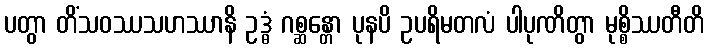
ပတွာ တိံသဝဿသဟဿာနိ ဥဒ္ဓံ ဂစ္ဆန္တော ပုနပိ ဥပရိမတလံ ပါပုဏိတွာ မုစ္စိဿတီတိ